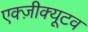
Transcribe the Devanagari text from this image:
एक्ज़ीक्यूटव